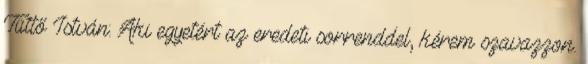
Tüttő István: Aki egyetért az eredeti sorrenddel, kérem szavazzon.